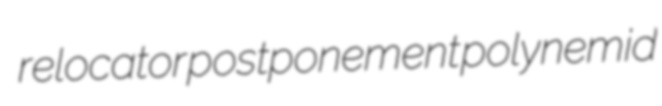
relocator postponement polynemid